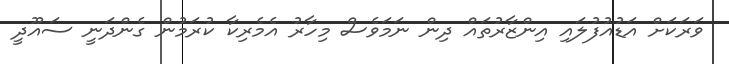
ވަރަކަށް އަޑުއުފުލައި އިންޒާރުތައް ދިން ނަމަވެސް މިހާރު އެމެރިކާ ކުރަމުން ގެންދަނީ ސައޫދީ